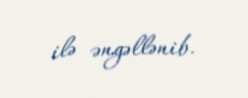
ilə əngəllənib.